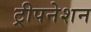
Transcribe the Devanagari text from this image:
ट्रीपनेशन